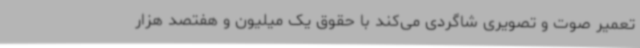
تعمیر صوت و تصویری شاگردی می‌کند با حقوق یک‌ میلیون و هفتصد هزار